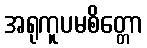
အရုကူပမစိတ္တော